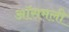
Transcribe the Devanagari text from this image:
ऑसमली